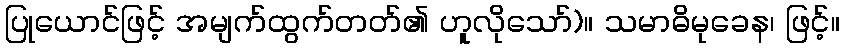
ပြုယောင်ဖြင့် အမျက်ထွက်တတ်၏ ဟူလိုသော်)။ သမာဓိမုခေန၊ ဖြင့်။